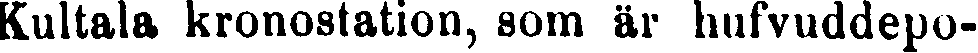
Kultala kronostation, som är hufvuddepo-